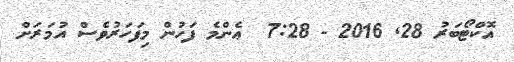
އޮކްޓޯބަރު 28